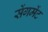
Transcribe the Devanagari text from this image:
सेंगमेंट